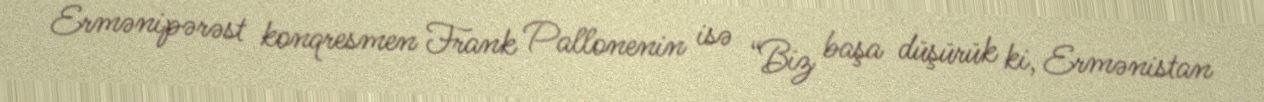
Ermənipərəst konqresmen Frank Pallonenin isə “Biz başa düşürük ki, Ermənistan